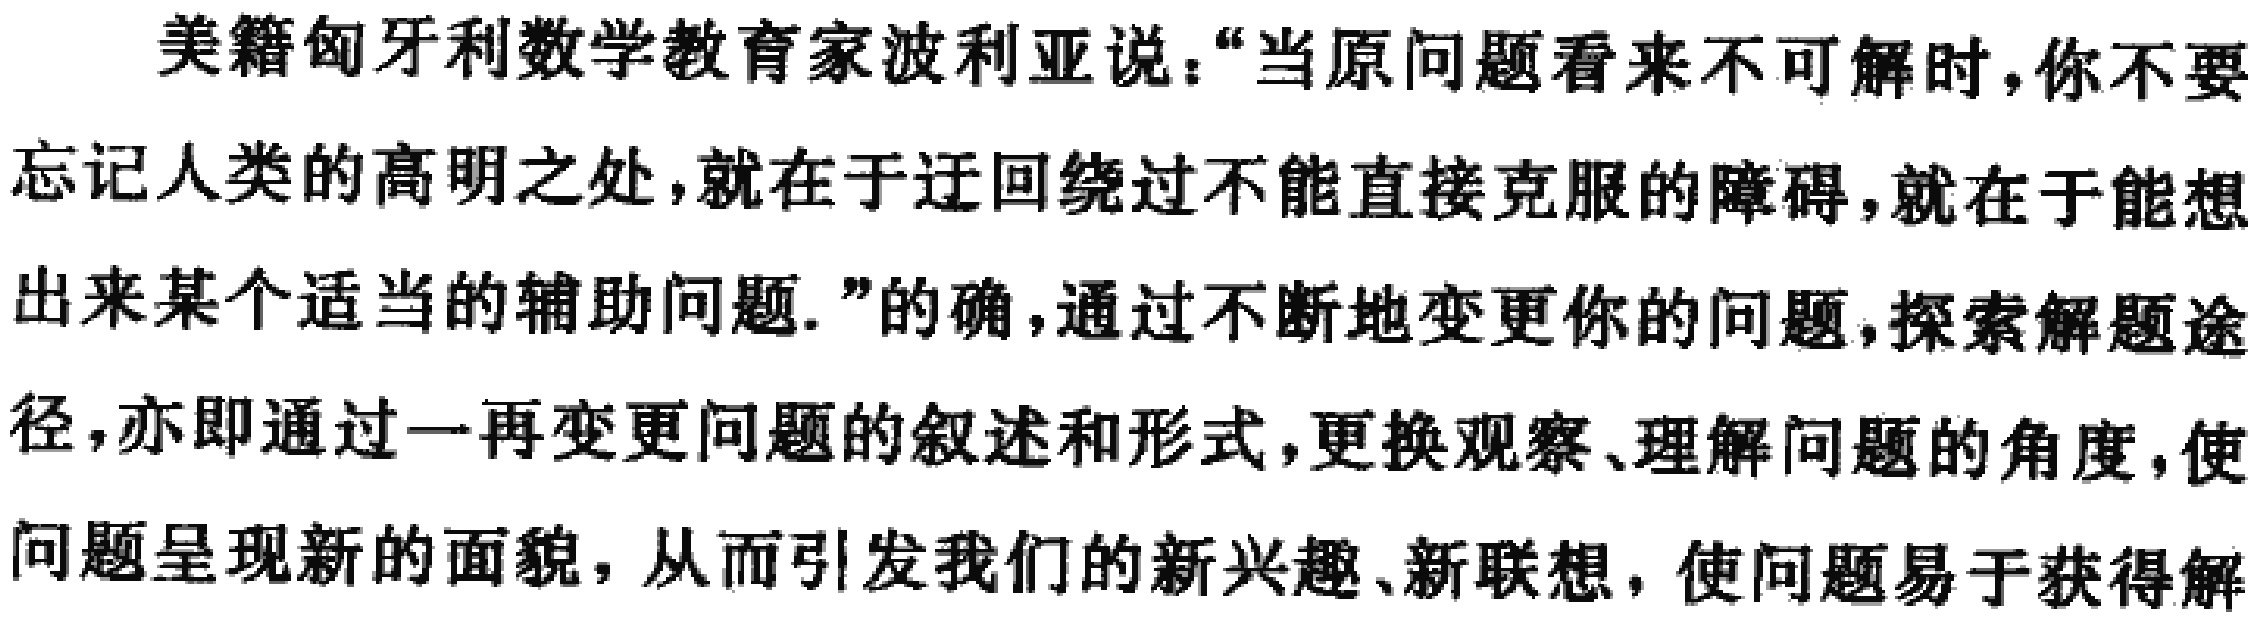
美籍匈牙利数学教育家波利亚说：“当原问题看来不可解时，你不要忘记人类的高明之处，就在于迂回绕过不能直接克服的障碍，就在于能想出来某个适当的辅助问题.”的确，通过不断地变更你的问题，探索解题途径，亦即通过一再变更问题的叙述和形式，更换观察、理解问题的角度，使问题呈现新的面貌，从而引发我们的新兴趣、新联想，使问题易于获得解